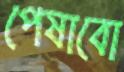
পেষাবো